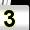
Digit: 3